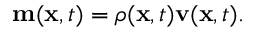
\begin{array} { r } { \mathbf { m } ( \mathbf { x } , t ) = \rho ( \mathbf { x } , t ) \mathbf { v } ( \mathbf { x } , t ) . } \end{array}